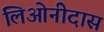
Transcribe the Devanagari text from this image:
लिओनीदास